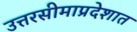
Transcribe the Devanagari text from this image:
उत्तरसीमाप्रदेशात